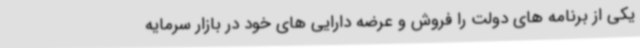
یکی از برنامه های دولت را فروش و عرضه دارایی های خود در بازار سرمایه